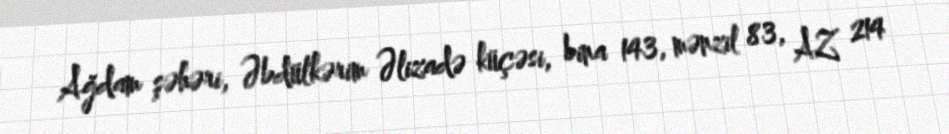
Ağdam şəhəri, Əbdülkərim Əlizadə küçəsi, bina 143, mənzil 83, AZ 214